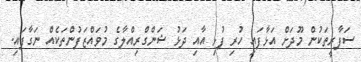
ސަފާރީތަކުން މޫދަށް އަޅާފައި ހުރި ފުޅި އާއި ދަޅު ޝަންގްރިއްލާގެ މުވައްޒަފުންތަކެއް ނަގާފައި.